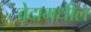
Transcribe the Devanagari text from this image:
वेदामधील